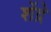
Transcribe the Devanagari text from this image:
शेंद्रे